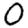
Digit: 0